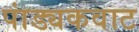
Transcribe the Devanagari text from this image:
पांड्यकवाट